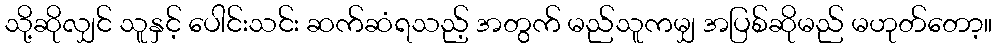
သို့ဆိုလျှင် သူနှင့် ပေါင်းသင်း ဆက်ဆံရသည့် အတွက် မည်သူကမျှ အပြစ်ဆိုမည် မဟုတ်တော့။